Report on vaccination in the Province of Bengal - 1874-1889
Year: 1874
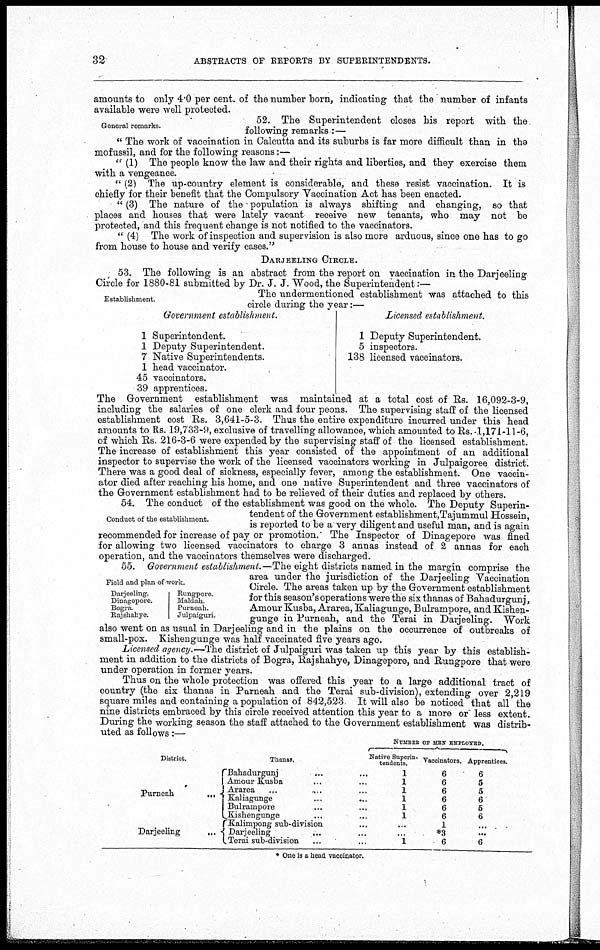
32
ABSTRACTS OF REPORTS BY SUPERINTENDENTS.
amounts to only 4.0 per cent. of the number born, indicating that the number of infants
available were well protected.
General remarks.
52. The Superintendent closes his report with the
following remarks:—
" The work of vaccination in Calcutta and its suburbs is far more difficult than in the
mofussil, and for the following reasons:—
" (1) The people know the law and their rights and liberties, and they exercise them
with a vengeance.
" (2) The up-country element is considerable, and these resist vaccination. It is
chiefly for their benefit that the Compulsory Vaccination Act has been enacted.
" (3) The nature of the population is always shifting and changing, so that
places and houses that were lately vacant receive new tenants, who may not be
protected, and this frequent change is not notified to the vaccinators.
" (4) The work of inspection and supervision is also more arduous, since one has to go
from house to house and verify cases."
DARJEELING CIRCLE.
53. The following is an abstract from the report on vaccination in the Darjeeling
Circle for 1880-81 submitted by Dr. J. J. Wood, the Superintendent:—
Establishment.
The undermentioned establishment was attached to this
circle during the year:—
Government establishment.
1 Superintendent.
1 Deputy Superintendent.
7 Native Superintendents.
1 head vaccinator.
45 vaccinators.
39 apprentices.
Licensed establishment.
1 Deputy Superintendent.
5 inspectors.
138 licensed vaccinators.
The Government establishment was maintained at a total cost of Rs. 16,092-3-9,
including the salaries of one clerk and four peons. The supervising staff of the licensed
establishment cost Rs. 3,641-5-3. Thus the entire expenditure incurred under this head
amounts to Rs. 19,733-9, exclusive of travelling allowance, which amounted to Rs. 1,171-11-6,
of which Rs. 216-3-6 were expended by the supervising staff of the licensed establishment.
The increase of establishment this year consisted of the appointment of an additional
inspector to supervise the work of the licensed vaccinators working in Julpaigoree district.
There was a good deal of sickness, especially fever, among the establishment. One vaccin-
ator died after reaching his home, and one native Superintendent and three vaccinators of
the Government establishment had to be relieved of their duties and replaced by others.
Conduct of the establishment.
54. The conduct of the establishment was good on the whole. The Deputy Superin-
tendent of the Government establishment,Tajummul Hossein,
is reported to be a very diligent and useful man, and is again
recommended for increase of pay or promotion. The Inspector of Dinagepore was fined
for allowing two licensed vaccinators to charge 3 annas instead of 2 annas for each
operation, and the vaccinators themselves were discharged.
Field and plan of work.
Darjeeling.
Dinagepore.
Bogra.
Rajshahye.
Rungpore.
Maldah
Purneah.
Julpargun.
55. Government establishment.—The eight districts named in the margin comprise the
area under the jurisdiction of the Darjeeling Vaccination
Circle. The areas taken up by the Government establishment
for this season's operations were the six thanas of Bahadurgunj,
Amour Kusba, Ararea, Kaliagunge, Bulrampore, and Kishen-
gunge in Purneah, and the Terai in Darjeeling. Work
also went on as usual in Darjeeling and in the plains on the occurrence of outbreaks of
small-pox. Kishengunge was half vaccinated five years ago.
Licensed agency.—The district of Julpaiguri was taken up this year by this establish-
ment in addition to the districts of Bogra, Rajshahye, Dinagepore, and Rungpore that were
under operation in former years.
Thus on the whole protection was offered this year to a large additional tract of
country (the six thanas in Purneah and the Terai sub-division), extending over 2,219
square miles and containing a population of 842,523 It will also be noticed that all the
nine districts embraced by this circle received attention this year to a more or less extent.
During the working season the staff attached to the Government establishment was distrib-
uted as follows:—
District.
Purneah...
...
Darjeeling...
Thanas.
Bahadurgunj...
Amour Kusba...
Ararea...
Kaliagunge...
Bulrampore...
Kishengunge...
Kalimpong sub-division...
Darjeeling...
Terai sub-division...
NUMBER OF MEN EMPLOYED.
Native Superin-
tendents.
1
1
1
1
1
1
...
...
1
Vaccinators.
6
6
6
6
6
6
1
*3
6
Apprentices.
6
5
5
6
5
6
...
...
6
* One is a head vaccinator.